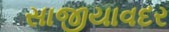
સાજીયાવદર